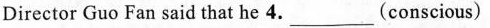
Director Guo Fan said that he 4.___(conscious)